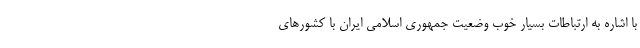
با اشاره به ارتباطات بسیار خوب وضعیت جمهوری اسلامی ایران با کشورهای